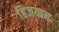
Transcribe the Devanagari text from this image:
हिजयान